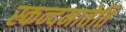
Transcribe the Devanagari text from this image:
स्कन्दमातेति